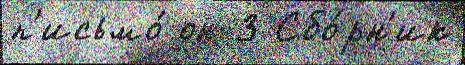
п'исьмо́ он 3 Сбо́рн'ик